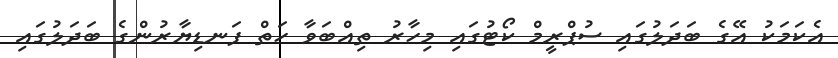
އެކަމަކު އޭގެ ބަދަލުގައި ސުޕްރީމް ކޯޓުގައި މިހާރު ތިއްބަވާ ހަތް ފަނޑިޔާރުންގެ ބަދަލުގައި